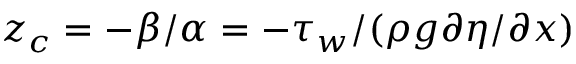
z _ { c } = - \beta / \alpha = - \tau _ { w } / ( \rho g \partial \eta / \partial x )